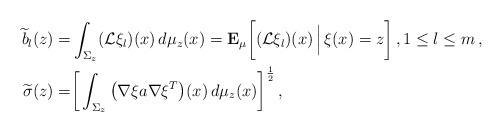
LaTeX: \begin{align*} \widetilde{b}_l(z) =& \int_{\Sigma_z} (\mathcal{L} \xi_l)(x)\, d\mu_z(x) = \mathbf{E}_\mu\bigg[ (\mathcal{L}\xi_l)(x)\,\Big|\,\xi(x) = z\bigg] \,, 1 \le l \le m \,, \\\widetilde{\sigma}(z) =& \bigg[\int_{\Sigma_z} \big(\nabla\xi a\nabla\xi^T\big)(x) \,d\mu_z(x)\bigg]^{\frac{1}{2}} \,, \end{align*}